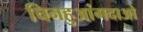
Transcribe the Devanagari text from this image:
चिनहुआंगदाओ